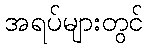
အရပ်များတွင်